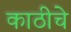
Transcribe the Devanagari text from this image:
काठीचे